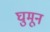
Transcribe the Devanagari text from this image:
घुमून